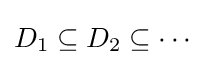
D_{1}\subseteq D_{2}\subseteq \cdots